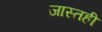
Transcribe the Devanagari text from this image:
जास्तही